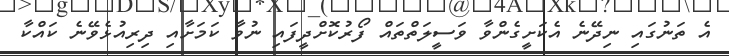
އެ ތަނުގައި ނިދޭނެ އެކަށީގެންވާ ވަސީލަތްތައް ފޯރުކޮށްދީފައި ނުވާ ކަމަށާއި ދިރިއުޅެވޭނެ ކައްކާ